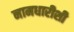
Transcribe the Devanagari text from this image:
नामधारीशी